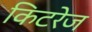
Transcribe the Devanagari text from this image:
किटरेज